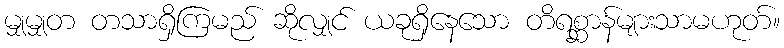
မျှမျှတ တသာရှိကြမည် ဆိုလျှင် ယခုရှိနေသော တိရစ္ဆာန်များသာမဟုတ်။